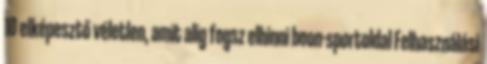
10 elképesztő véletlen, amit alig fogsz elhinni boon-sportoldal Felhasználási